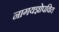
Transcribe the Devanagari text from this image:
नागयज्ञोपवित